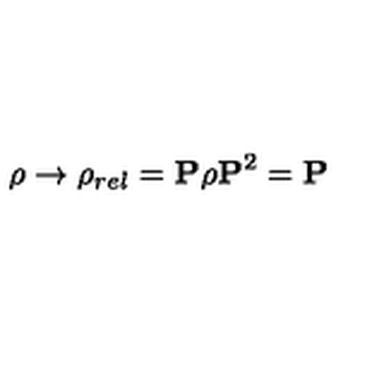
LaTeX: \rho \rightarrow \rho _ { r e l } = { \bf P } \rho { \bf P } ^ { 2 } = { \bf P }